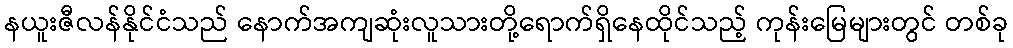
နယူးဇီလန်နိုင်ငံသည် နောက်အကျဆုံးလူသားတို့ရောက်ရှိနေထိုင်သည့် ကုန်းမြေများတွင် တစ်ခု